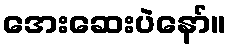
အေးဆေးပဲနော်။